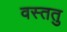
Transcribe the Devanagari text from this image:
वस्ततु